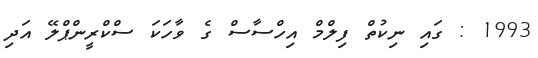
1993 : ގައި ނިކުތް ފިލްމް އިހްސާސް ގެ ވާހަކަ ސްކްރީންޕްލޭ އަދި